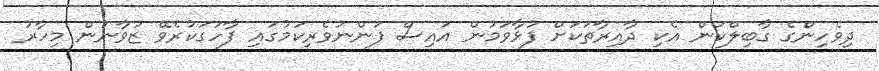
ދިވެހިންގެ ގާބިލްކަން އެކި ދާއިރާތަކަށް ފުޅާވަމުން އައިސް ފަންނުވެރިކަމުގައި ފާހަގަކުރެވޭ ޒުވާނުން މިހާރު